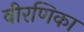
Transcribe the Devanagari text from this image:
वीरणिका